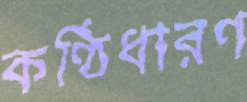
কণ্ঠিধারণ